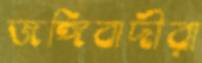
জঙ্গিবাদীরা